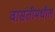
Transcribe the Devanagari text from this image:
वासंतीमधील